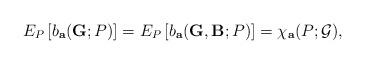
LaTeX: \begin{align*}E_{P}\left[ b_{\mathbf{a}}(\mathbf{G};P)\right] =E_{P}\left[ b_{\mathbf{a}}(\mathbf{G,B};P)\right] =\chi _{\mathbf{a}}(P;\mathcal{G}),\end{align*}